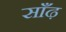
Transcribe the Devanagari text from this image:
साँढ़